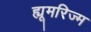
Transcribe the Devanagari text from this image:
ह्यूमरिज्म